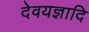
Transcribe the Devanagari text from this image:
देवयज्ञादि